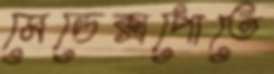
মেডেক্সপোতে